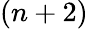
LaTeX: (n+2)